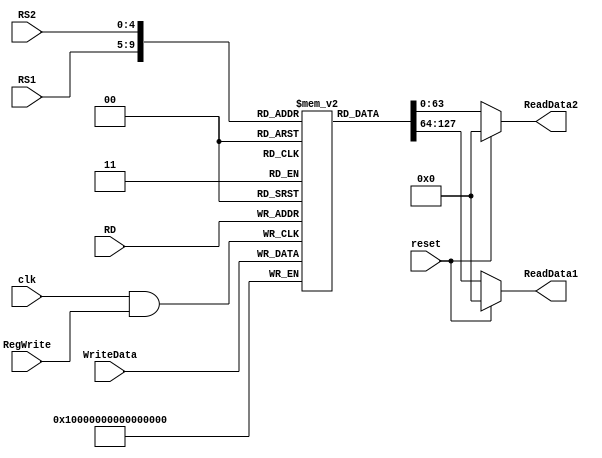
module registerFile
(
	input[63:0] WriteData,
	input[4:0] RS1,
	input[4:0] RS2,
	input [4:0] RD,
	input RegWrite, clk, reset,
	output reg [63:0] ReadData1,
	output reg [63:0] ReadData2
);

	reg [63:0] Registers [31:0];
	initial
	begin
	Registers[0] = 64'd12;
	Registers[1] = 64'd24;
	Registers[2] = 64'd12;
	Registers[3] = 64'd24;
	Registers[4] = 64'd12;
	Registers[5] = 64'd24;
	Registers[6] = 64'd12;
	Registers[7] = 64'd24;
	Registers[8] = 64'd12;
	Registers[9] = 64'd24;
	Registers[10] = 64'd12;
	Registers[11] = 64'd24;
	Registers[12] = 64'd12;
	Registers[13] = 64'd24;
	Registers[14] = 64'd12;
	Registers[15] = 64'd24;
	Registers[16] = 64'd12;
	Registers[17] = 64'd24;
	Registers[18] = 64'd12;
	Registers[19] = 64'd24;
	Registers[20] = 64'd12;
	Registers[21] = 64'd24;
	Registers[22] = 64'd12;
	Registers[23] = 64'd24;
	Registers[24] = 64'd12;
	Registers[25] = 64'd24;
	Registers[26] = 64'd12;
	Registers[27] = 64'd24;
	Registers[28] = 64'd12;
	Registers[29] = 64'd24;
	Registers[30] = 64'd12;
	Registers[31] = 64'd24;
	end
	
	always@(RS1 or RS2 or reset)
	begin
		ReadData1 = Registers[RS1];
		ReadData2 = Registers[RS2];
		if (reset)
		begin
			ReadData1 = 64'b0;
			ReadData2 = 64'b0;
		end
	
	end
	always@ (posedge clk && RegWrite)
	begin 
		Registers[RD] = WriteData;
	end
	
endmodule